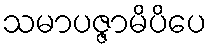
သမာပဇ္ဇာမိပိပေ